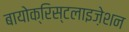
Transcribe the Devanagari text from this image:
बायोक्रिस्टलाइज़ेशन